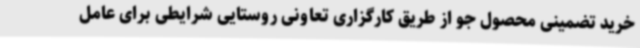
خرید تضمینی محصول جو از طریق کارگزاری تعاونی روستایی شرایطی برای عامل